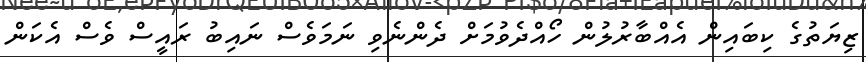
ޒިޔަތުގެ ކިބައިން އެއްބާރުލުން ހޯއްދެވުމަށް ދެންނެވި ނަމަވެސް ނައިބު ރައީސް ވެސް އެކަން